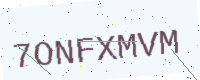
Text: 7ONFXMVM